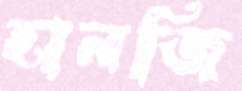
হানজি